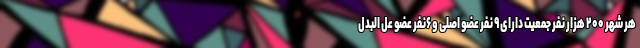
هر شهر ۲۰۰ هزار نفر جمعیت دارای ۹ نفر عضو اصلی و ۶نفر عضو عل البدل